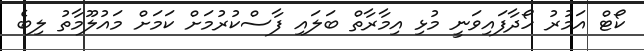
ކޯޓް އަމުރު ހޯދާފައިވަނީ މުޅި އިމާރާތް ބަލައި ފާސްކުރުމަށް ކަމަށް މައުލޫމާތު ލިބެ